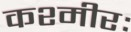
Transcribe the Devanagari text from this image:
कश्मीरः